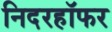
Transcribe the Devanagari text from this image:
निदरहॉफर